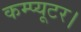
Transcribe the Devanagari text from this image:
कम्प्यूटर।